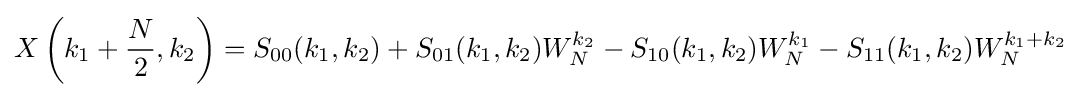
X\left(k_{1}+{\frac {N}{2}},k_{2}\right)=S_{00}(k_{1},k_{2})+S_{01}(k_{1},k_{2})W_{N}^{k_{2}}-S_{10}(k_{1},k_{2})W_{N}^{k_{1}}-S_{11}(k_{1},k_{2})W_{N}^{k_{1}+k_{2}}